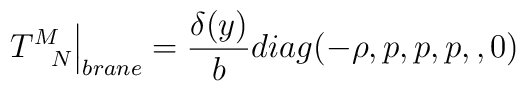
T^{M}_{~~N}\Big{|}_{brane}=\frac{\delta(y)}{b}diag(-\rho,p,p,p,,0)